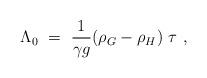
LaTeX: \begin{align*}\Lambda_0 ~=~ {1 \over \gamma g} (\rho_G - \rho_H)~\tau \ ,\end{align*}